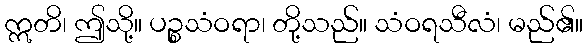
ဣတိ၊ ဤသို့။ ပဉ္စသံဝရာ၊ တို့သည်။ သံဝရသီလံ၊ မည်၏။